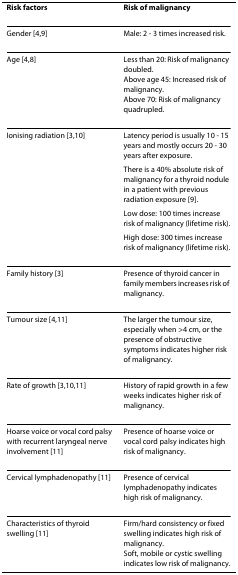
| Risk factors | Risk of malignancy |
 | --- | --- |
 | Gender [4,9] | Male: 2 - 3 times increased risk. |
 | Age [4,8] | Less than 20: Risk of malignancy doubled.Above age 45: Increased risk of malignancy.Above 70: Risk of malignancy quadrupled. |
 | Ionising radiation [3,10] | Latency period is usually 10 - 15 years and mostly occurs 20 - 30 years after exposure. |
 |  | There is a 40% absolute risk of malignancy for a thyroid nodule in a patient with previous radiation exposure [9]. |
 |  | Low dose: 100 times increase risk of malignancy (lifetime risk). |
 |  | High dose: 300 times increase risk of malignancy (lifetime risk). |
 | Family history [3] | Presence of thyroid cancer in family members increases risk of malignancy. |
 | Tumour size [4,11] | The larger the tumour size, especially when >4 cm, or the presence of obstructive symptoms indicates higher risk of malignancy. |
 | Rate of growth [3,10,11] | History of rapid growth in a few weeks indicates higher risk of malignancy. |
 | Hoarse voice or vocal cord palsy with recurrent laryngeal nerve involvement [11] | Presence of hoarse voice or vocal cord palsy indicates high risk of malignancy. |
 | Cervical lymphadenopathy [11] | Presence of cervical lymphadenopathy indicates high risk of malignancy. |
 | Characteristics of thyroid swelling [11] | Firm/hard consistency or fixed swelling indicates high risk of malignancy.Soft, mobile or cystic swelling indicates low risk of malignancy. |